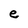
Character: e